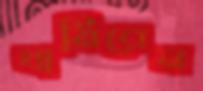
ঘামিবেন